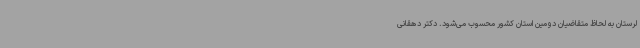
لرستان به لحاظ متقاضیان دومین استان کشور محسوب می‌شود. دکتر دهقانی